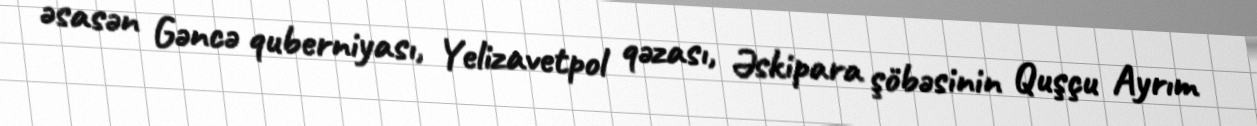
əsasən Gəncə quberniyası, Yelizavetpol qəzası, Əskipara şöbəsinin Quşçu Ayrım